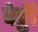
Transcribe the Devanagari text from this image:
वेट्टी